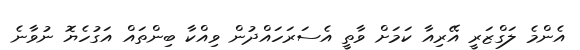
އެންމެ ލަގްޒަރީ އޭރިއާ ކަމަށް ވާތީ އެސަރަހައްދުން ވިއްކާ ބިންތައް އަގުހެޔޮ ނުވާނެ